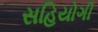
સહિયોગી